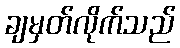
ချမှတ်လိုက်သည်